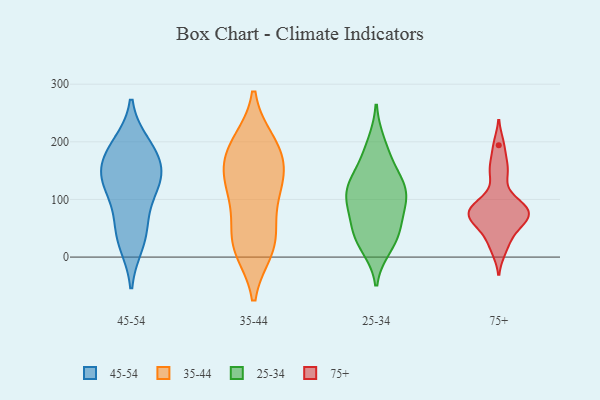
{"axis": {"x": "Conversion Rate (%)", "y": "Value"}, "legend": ["25-34", "35-44", "45-54", "75+"], "data": [{"x": "", "y": 25, "type": "45-54"}, {"x": "", "y": 126, "type": "45-54"}, {"x": "", "y": 179, "type": "45-54"}, {"x": "", "y": 131, "type": "45-54"}, {"x": "", "y": 139, "type": "45-54"}, {"x": "", "y": 137, "type": "45-54"}, {"x": "", "y": 181, "type": "45-54"}, {"x": "", "y": 71, "type": "45-54"}, {"x": "", "y": 39, "type": "45-54"}, {"x": "", "y": 194, "type": "45-54"}, {"x": "", "y": 197, "type": "35-44"}, {"x": "", "y": 178, "type": "35-44"}, {"x": "", "y": 159, "type": "35-44"}, {"x": "", "y": 197, "type": "35-44"}, {"x": "", "y": 157, "type": "35-44"}, {"x": "", "y": 123, "type": "35-44"}, {"x": "", "y": 27, "type": "35-44"}, {"x": "", "y": 106, "type": "35-44"}, {"x": "", "y": 18, "type": "35-44"}, {"x": "", "y": 15, "type": "35-44"}, {"x": "", "y": 40, "type": "35-44"}, {"x": "", "y": 112, "type": "35-44"}, {"x": "", "y": 196, "type": "25-34"}, {"x": "", "y": 36, "type": "25-34"}, {"x": "", "y": 171, "type": "25-34"}, {"x": "", "y": 113, "type": "25-34"}, {"x": "", "y": 90, "type": "25-34"}, {"x": "", "y": 48, "type": "25-34"}, {"x": "", "y": 116, "type": "25-34"}, {"x": "", "y": 111, "type": "25-34"}, {"x": "", "y": 76, "type": "25-34"}, {"x": "", "y": 19, "type": "25-34"}, {"x": "", "y": 35, "type": "25-34"}, {"x": "", "y": 118, "type": "25-34"}, {"x": "", "y": 141, "type": "25-34"}, {"x": "", "y": 77, "type": "75+"}, {"x": "", "y": 78, "type": "75+"}, {"x": "", "y": 13, "type": "75+"}, {"x": "", "y": 66, "type": "75+"}, {"x": "", "y": 157, "type": "75+"}, {"x": "", "y": 59, "type": "75+"}, {"x": "", "y": 32, "type": "75+"}, {"x": "", "y": 87, "type": "75+"}, {"x": "", "y": 96, "type": "75+"}, {"x": "", "y": 62, "type": "75+"}, {"x": "", "y": 143, "type": "75+"}, {"x": "", "y": 86, "type": "75+"}, {"x": "", "y": 194, "type": "75+"}]}